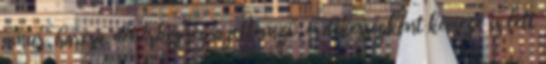
amur, harcsa, dévérkeszeg a jellemző, érdekességként kecsege is lett